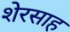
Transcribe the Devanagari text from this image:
शेरसाह